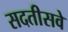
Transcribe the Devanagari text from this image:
सदतीसवे